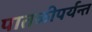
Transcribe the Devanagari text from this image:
पातळीपर्यन्त